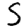
Digit: 5